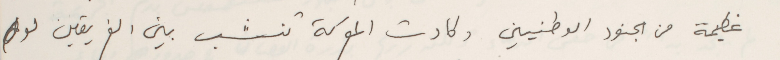
عظيمة من الجنود الوطنيين وكادت المعركة تنشب بين الفريقين لو